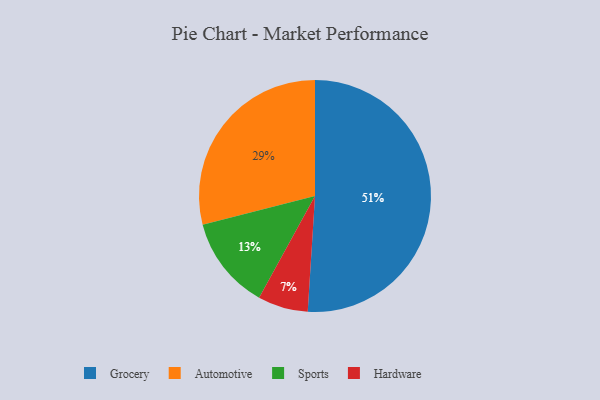
{"axis": {"x": "Category", "y": "Percentage"}, "legend": ["Automotive", "Grocery", "Hardware", "Sports"], "data": [{"x": "Hardware", "y": 7, "type": "Hardware"}, {"x": "Automotive", "y": 29, "type": "Automotive"}, {"x": "Sports", "y": 13, "type": "Sports"}, {"x": "Grocery", "y": 51, "type": "Grocery"}]}